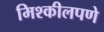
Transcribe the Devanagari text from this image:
मिश्कीलपणे